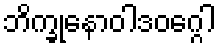
ဘိက္ခုနောဝါဒဝဂ္ဂေါ